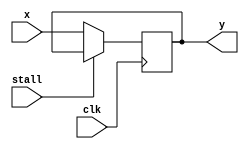
module flop_2bit(stall, x, y,clk);
input stall,clk;
input [1:0] x;
output reg [1:0]y;

always @(posedge clk)begin
if(stall)
y<=y;
else
y<=x;

end
endmodule